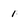
Character: 1